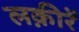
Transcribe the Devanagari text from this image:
लक़ीरें